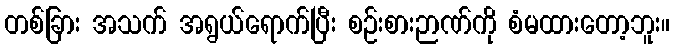
တစ်ခြား အသက် အရွယ်ရောက်ပြီး စဉ်းစားဉာဏ်ကို စံမထားတော့ဘူး။